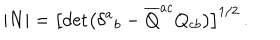
| N | = \bigl [ \det \bigl ( \delta ^ { a } { } _ { b } - { \overline { { Q } } } ^ { a c } Q _ { c b } \bigr ) \bigr ] ^ { 1 / 2 } \, .